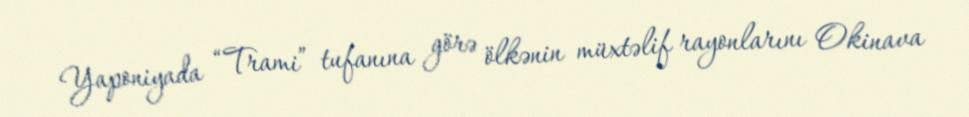
Yaponiyada “Trami” tufanına görə ölkənin müxtəlif rayonlarını Okinava